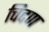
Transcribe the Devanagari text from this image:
चिदण